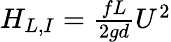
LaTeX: \begin{array}{r}{H_{L,I}=\frac{fL}{2gd}{U^{2}}}\end{array}